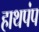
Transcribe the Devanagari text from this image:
हाथपंप